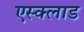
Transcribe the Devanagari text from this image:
एस्क्लाड